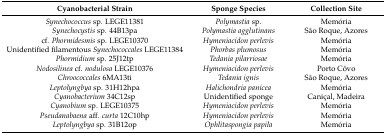
<table><thead><tr><td><b>Cyanobacterial Strain</b></td><td><b>Sponge Species</b></td><td><b>Collection Site</b></td></tr></thead><tbody><tr><td><i>Synechococcus</i> sp. LEGE11381</td><td><i>Polymastia</i> sp.</td><td>Memória</td></tr><tr><td><i>Synechocystis</i> sp. 44B13pa</td><td><i>Polymastia agglutinans</i></td><td>São Roque, Azores</td></tr><tr><td>cf. <i>Phormidesmis</i> sp. LEGE10370</td><td><i>Hymeniacidon perlevis</i></td><td>Memória</td></tr><tr><td>Unidentified filamentous <i>Synechococcales</i> LEGE11384</td><td><i>Phorbas plumosus</i></td><td>Memória</td></tr><tr><td><i>Phormidium</i> sp. 25J12tp</td><td><i>Tedania pilarriosae</i></td><td>Memória</td></tr><tr><td><i>Nodosilinea</i> cf. <i>nodulosa</i> LEGE10376</td><td><i>Hymeniacidon perlevis</i></td><td>Porto Côvo</td></tr><tr><td><i>Chroococcales</i> 6MA13ti</td><td><i>Tedania ignis</i></td><td>São Roque, Azores</td></tr><tr><td><i>Leptolyngbya</i> sp. 31H12hpa</td><td><i>Halichondria panicea</i></td><td>Memória</td></tr><tr><td><i>Cyanobacterium</i> 34C12sp</td><td>Unidentified sponge</td><td>Caniçal, Madeira</td></tr><tr><td><i>Cyanobium</i> sp. LEGE10375</td><td><i>Hymeniacidon perlevis</i></td><td>Memória</td></tr><tr><td><i>Pseudanabaena</i> aff. <i>curta</i> 12C10hp</td><td><i>Hymeniacidon perlevis</i></td><td>Memória</td></tr><tr><td><i>Leptolyngbya</i> sp. 31B12op</td><td><i>Ophlitaspongia papila</i></td><td>Memória</td></tr></tbody></table>